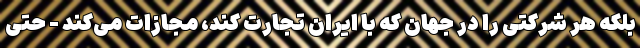
بلکه هر شرکتی را در جهان که با ایران تجارت ‌کند، مجازات می‌کند - حتی